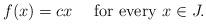
LaTeX: \begin{align*}f(x)=cx\quad\mbox{ for every }x\in J.\end{align*}